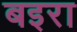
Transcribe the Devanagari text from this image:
बइरा